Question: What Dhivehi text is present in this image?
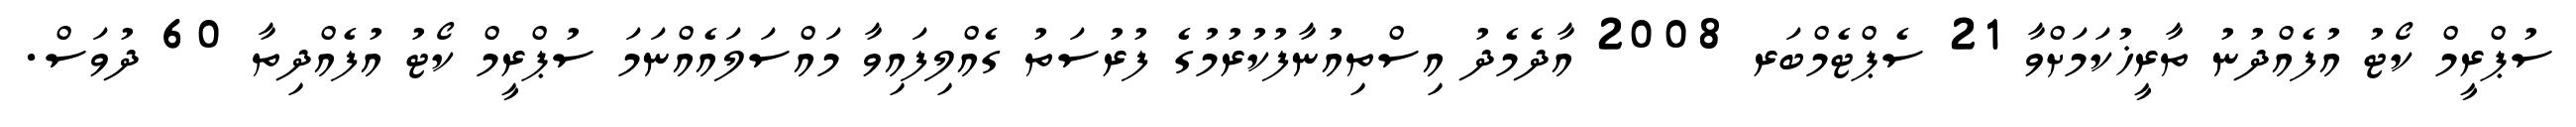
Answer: ސުޕްރީމް ކޯޓު އުފެއްދުނު ތާރީޚުކަމަށްވާ 21 ސެޕްޓެމްބަރ 2008 އާދެމެދު އިސްތިއުނާފުކުރުމުގެ ފުރުސަތު ގެއްލިފައިވާ މައްސަލައެއްނަމަ ސުޕްރީމް ކޯޓު އުފެއްދިތާ 60 ދުވަސް.